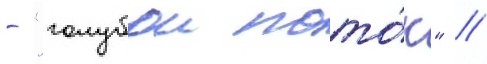
- "голубои пото́к" //